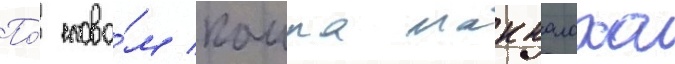
По́ слова́м каила маккалоха